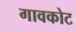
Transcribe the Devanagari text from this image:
गावकोट